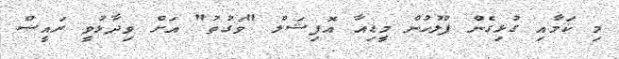
މި ކަމާއި ގުޅިގެން ފުލުހުން މީޑިއާ އޮފިޝަލް "ވަގުތު" އަށް ވިދާޅުވީ ރައީސް